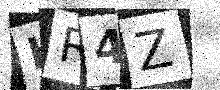
Text: HR4Z